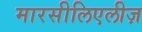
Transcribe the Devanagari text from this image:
मारसीलिएलीज़